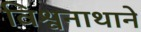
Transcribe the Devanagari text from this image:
विश्वनाथाने